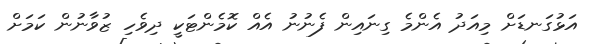
އަޅުގަނޑަށް މިއަދު އެންމެ ގިނައިން ފެނުނު އެއް ކޮމެންޓަކީ ދިވެހި ޒުވާނުން ކަމަށް